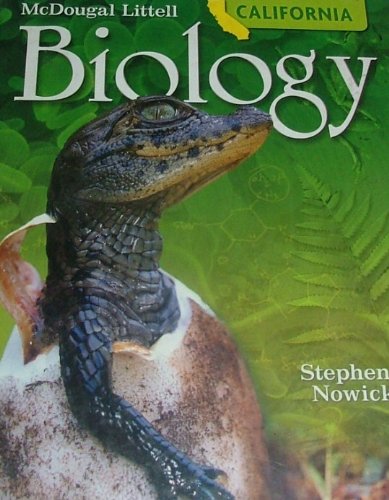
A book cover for McDougal Littell Biology California: Student Edition Grades 9-12 2008; MCDOUGAL LITTEL; Children's Books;